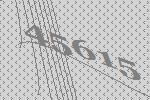
45615